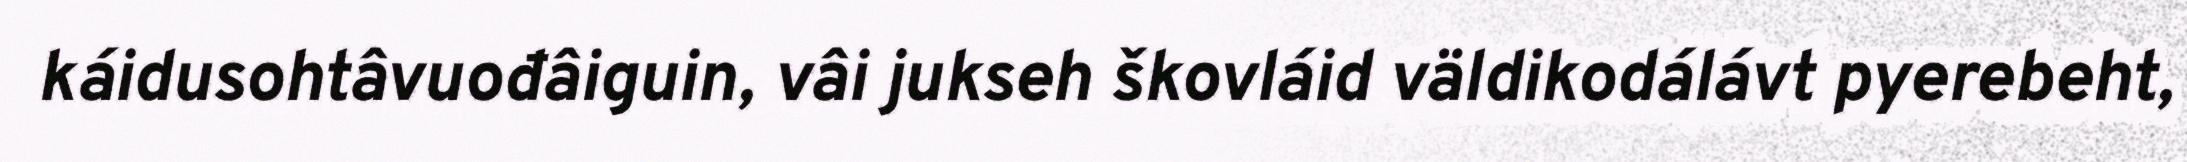
káidusohtâvuođâiguin, vâi jukseh škovláid väldikodálávt pyerebeht,